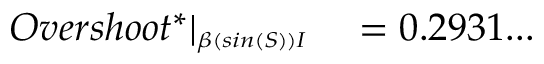
\begin{array} { r l } { O v e r s h o o t ^ { * } | _ { \substack { _ { \beta ( s i n ( S ) ) I } } } } & { { } = 0 . 2 9 3 1 . . . } \end{array}